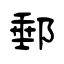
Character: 郵